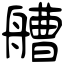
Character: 艚